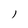
Character: l